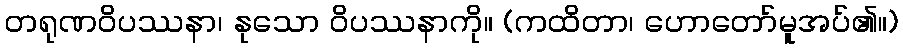
တရုဏဝိပဿနာ၊ နုသော ဝိပဿနာကို။ (ကထိတာ၊ ဟောတော်မူအပ်၏။)